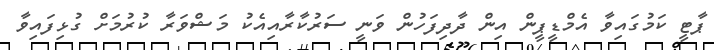
ޕާޓީ ކަމުގައިވާ އެމްޑީޕީން އިން ދާދިފަހުން ވަނީ ސަރުކާރާއިއެކު މަޝްވަރާ ކުރުމަށް ގުޅިފައިވާ